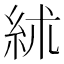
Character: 絉